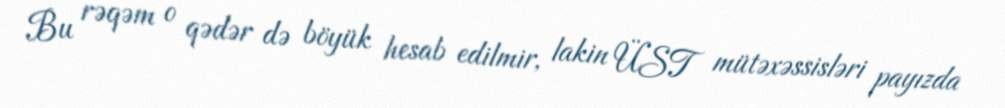
Bu rəqəm o qədər də böyük hesab edilmir, lakin ÜST mütəxəssisləri payızda